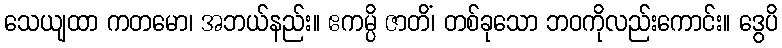
သေယျထာ ကတမော၊ အဘယ်နည်း။ ဧကမ္ပိ ဇာတိံ၊ တစ်ခုသော ဘဝကိုလည်းကောင်း။ ဒွေပိ